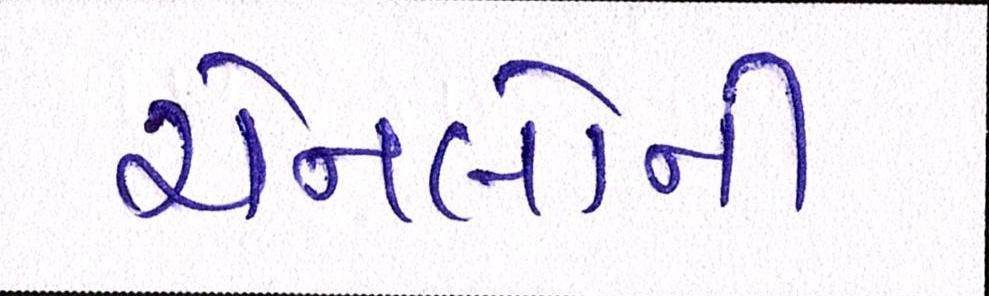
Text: ચેનલોની